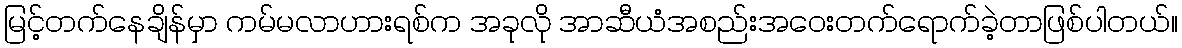
မြင့်တက်နေချိန်မှာ ကမ်မလာဟားရစ်က အခုလို အာဆီယံအစည်းအဝေးတက်ရောက်ခဲ့တာဖြစ်ပါတယ်။